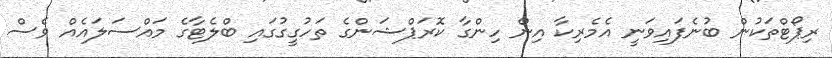
ރިޕޯޓްތަކުން ބުނެފައިވަނީ އެމެރިކާ އިން ހިންގާ ކޮރަޕްޝަންގެ ތަހުގީގުގައި ބްލެޓާގެ މައްސަލައެއް ވެސް